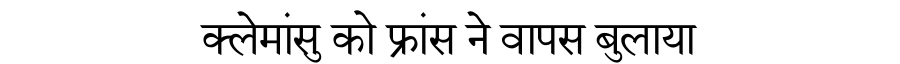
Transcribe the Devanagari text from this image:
क्लेमांसु को फ्रांस ने वापस बुलाया